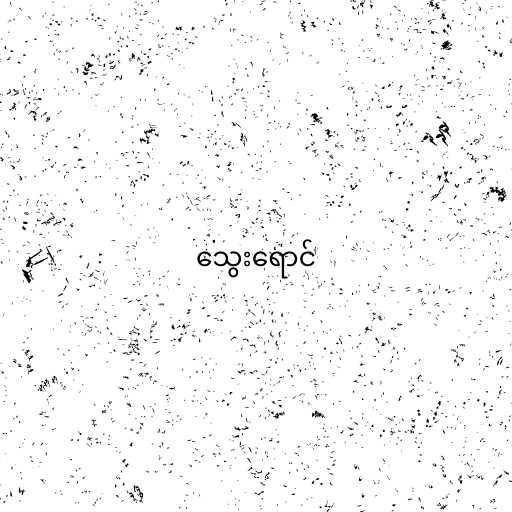
သွေးရောင်